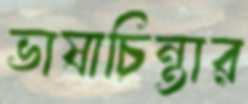
ভাষাচিন্তার